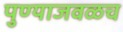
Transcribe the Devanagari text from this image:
पुण्याजवळच